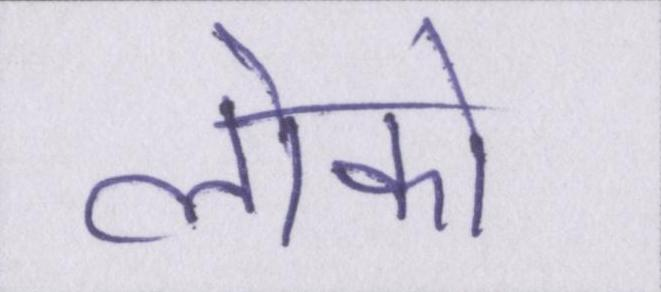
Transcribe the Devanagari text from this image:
लोको